Civil Veterinary Department. United Provinces 1912-22 - 1912-1922
Year: 1912
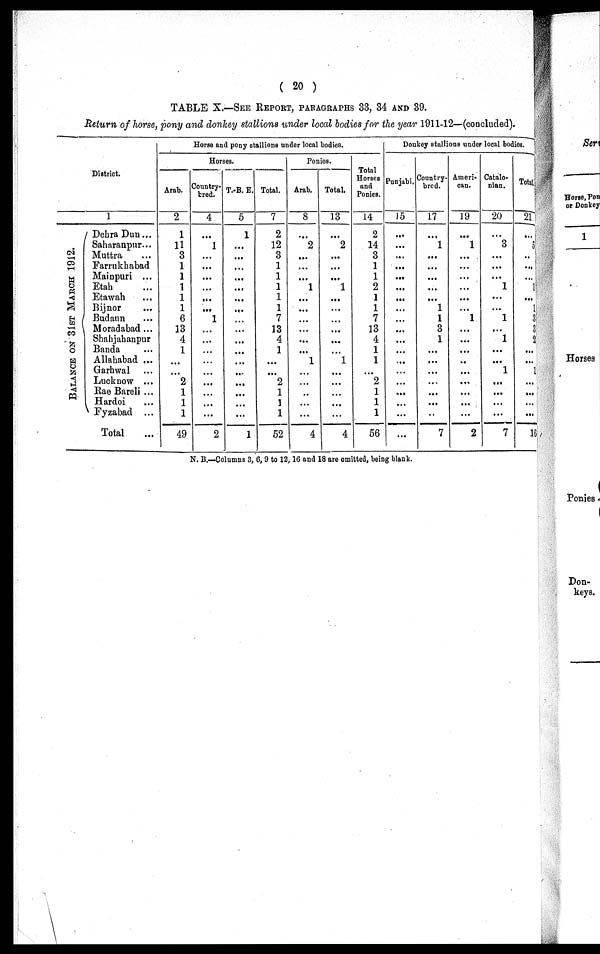
( 20 )
TABLE X.—SEE REPORT, PARAGRAPHS 33, 34 AND 39.
Return of horse, pony and donkey stallions under local bodies for the year 1911-12—(concluded).
District.
BALANCE ON 31ST MARCH 1912.
1
Dehra Dun ...
Saharanpur...
Muttra ...
Farrukhabad
Mainpuri ...
Etah ...
Etawah ...
Bijnor ...
Budaun ...
Moradabad ...
Shahjahanpur
Banda ...
Allahabad ...
Garhwal ...
Lucknow ...
Rae Bareli ...
Hardoi ...
Fyzabad ...
Total ...
Horse and pony stallions under local bodies.
Horses.
Arab.
2
1
11
3
1
1
1
1
1
6
13
4
1
...
...
2
1
1
1
49
Country-
bred.
4
...
1
...
...
...
...
...
...
1
...
...
...
...
...
...
...
...
...
2
T.-B. E.
5
1
...
...
...
...
...
...
...
...
...
...
...
...
...
...
...
...
...
1
Total.
7
2
12
3
1
1
1
1
1
7
13
4
1
...
...
2
1
1
1
52
Ponies.
Arab.
8
...
2
...
...
...
1
...
...
...
...
...
...
1
...
...
...
...
...
4
Total.
13
...
2
...
...
...
1
...
...
...
...
...
...
1
...
...
...
...
...
4
Total
Horses
and
Ponies.
14
2
14
3
1
1
2
1
1
7
13
4
1
1
...
2
1
1
1
56
Donkey stallions under local bodies.
Punjabi.
15
...
...
...
...
...
...
...
...
...
...
...
...
...
...
...
...
...
...
...
Country-
bred.
17
...
1
...
...
...
...
...
1
1
3
1
...
...
...
...
...
...
...
7
Ameri-
can.
19
...
1
...
...
...
...
...
...
1
...
...
...
...
...
...
...
...
...
2
Catalo-
nian.
20
...
3
...
...
...
1
...
1
...
1
..
1
...
...
...
7
Total
21
5
..
...
...
1
...
1
3
3
0
2
...
1
...
...
...
16
N. B.—Columns 3, 6, 9 to 12, 16 and 18 are omitted, being blank.